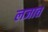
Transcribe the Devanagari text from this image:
लजात